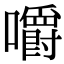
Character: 嚼